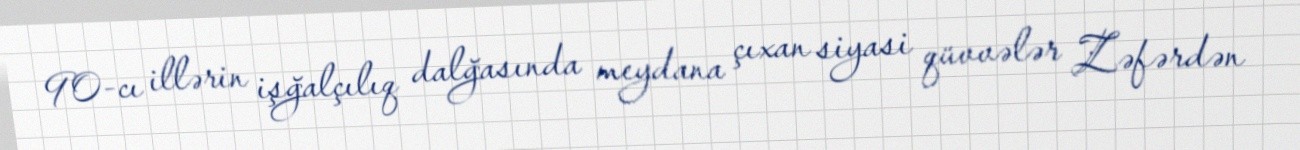
90-cı illərin işğalçılıq dalğasında meydana çıxan siyasi qüvvələr Zəfərdən